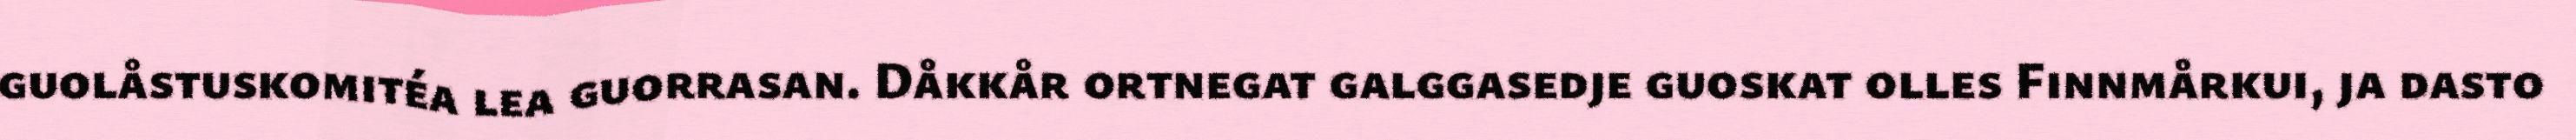
guolåstuskomitéa lea guorrasan. Dåkkår ortnegat galggasedje guoskat olles Finnmårkui, ja dasto